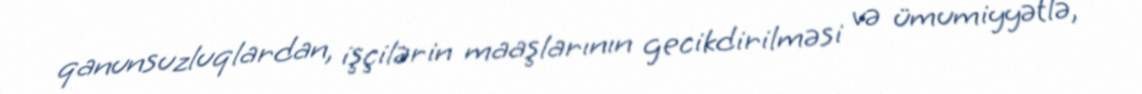
qanunsuzluqlardan, işçilərin maaşlarının gecikdirilməsi və ümumiyyətlə,